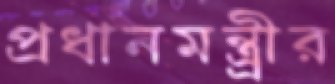
প্রধানমন্ত্র্রীর